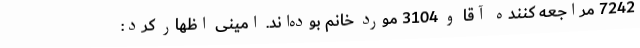
7242 مراجعه کننده آقا و 3104 مورد خانم بوده‌اند. امینی اظهار کرد: